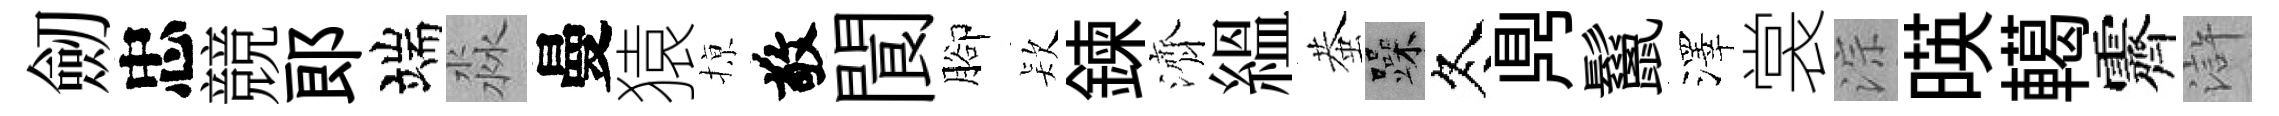
劒忠競郞端淼曼猿𢱊敬閬腳𣣇鍊濟緼蛬躁冬𪔂鬣澤裳淙暎轕霽滸